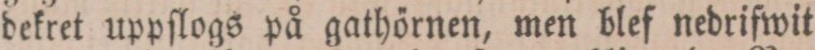
dekret uppſlogs på gathörnen, men blef nedrifwit